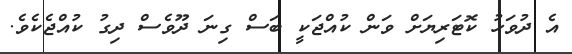
އެ ދުވަހު ކޮޓަރިޔަށް ވަން ކުއްޖަކީ ބަސް ގިނަ ދޫވެސް ދިގު ކުއްޖެކެވެ.